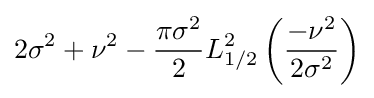
2\sigma ^{2}+\nu ^{2}-{\frac {\pi \sigma ^{2}}{2}}L_{1/2}^{2}\left({\frac {-\nu ^{2}}{2\sigma ^{2}}}\right)